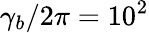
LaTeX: \gamma_{b}/2\pi=10^{2}